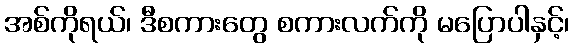
အစ်ကိုရယ်၊ ဒီစကားတွေ စကားလက်ကို မပြောပါနှင့်၊